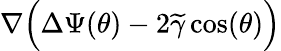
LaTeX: \nabla\Big(\Delta\Psi(\theta)-2\widetilde{\gamma}\cos(\theta)\Big)